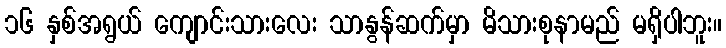
၁၆ နှစ်အရွယ် ကျောင်းသားလေး သာနွန်ဆက်မှာ မိသားစုနာမည် မရှိပါဘူး။